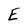
Character: E